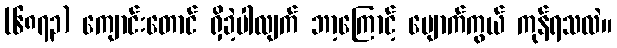
(၆၈၇၃) ကျောင်းတောင် ရှိခဲ့ပါလျက် ဘာ့ကြောင့် ပျောက်ကွယ် ကုန်ရသလဲ။